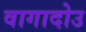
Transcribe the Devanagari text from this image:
वागादोउ